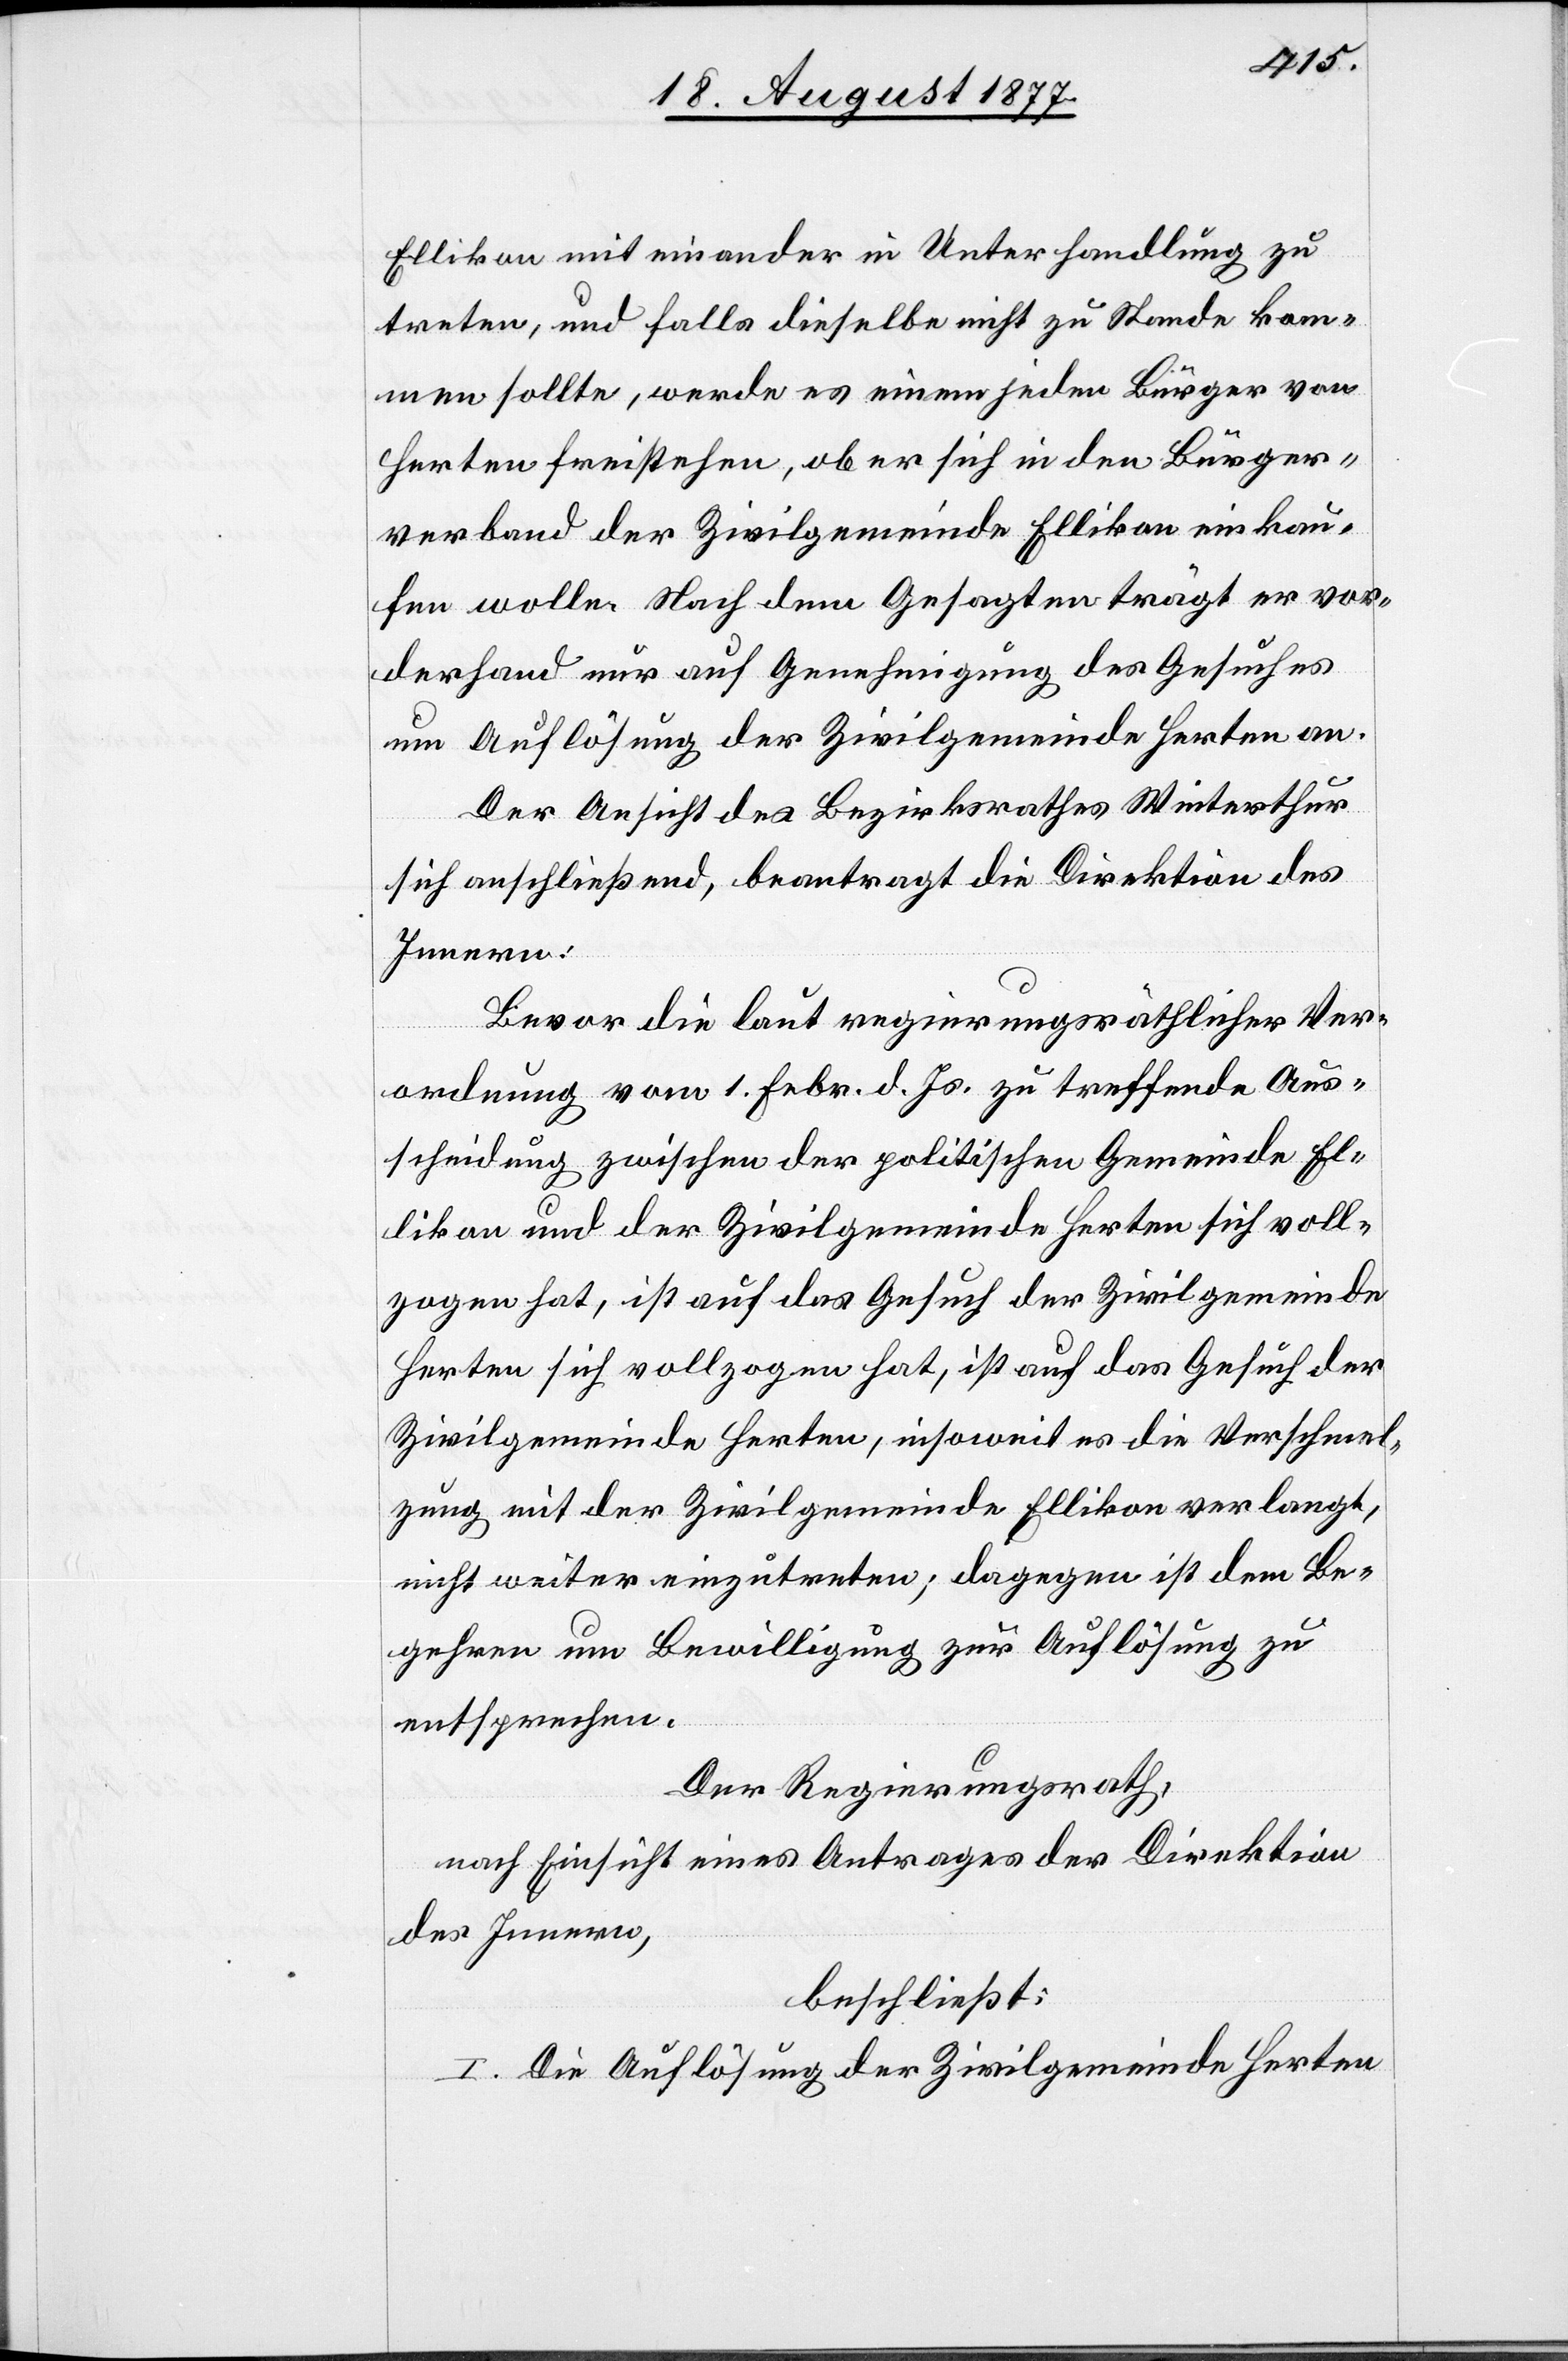
Ellikon mit einander in Unterhandlung zu
treten, und falls dieselbe nicht zu Stande kom¬
men sollte, werde es einem jeden Bürger von
Herten freistehen, ob er sich in den Bürger¬
verband der Zivilgemeinde Ellikon einkau¬
fen wolle. Nach dem Gesagten trägt er vor¬
derhand nur auf Genehmigung des Gesuches
um Auflösung der Zivilgemeinde Herten an.
Der Ansicht des Bezirksrathes Winterthur
sich anschließend, beantragt die Direktion des
Innern:
Bevor die laut regierungsräthlicher Ver¬
ordnung vom 1. Febr. d. Js. zu treffende Aus¬
scheidung zwischen der politischen Gemeinde El¬
likon und der Zivilgemeinde Herten sich voll¬
zogen hat, ist auf das Gesuch der Zivilgemeinde
Herten sich vollzogen hat, ist auf das Gesuch der
Zivilgemeinde Herten, [sic!] insoweit es die Verschmel¬
zung mit der Zivilgemeinde Ellikon verlangt,
nicht weiter einzutreten; dagegen ist dem Be¬
gehren um Bewilligung zur Auflösung zu
entsprechen.
Der Regierungsrath,
nach Einsicht eines Antrages der Direktion
des Innern,
beschließt:
I. Die Auflösung der Zivilgemeinde Herten